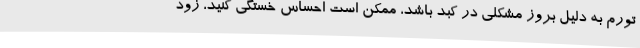
تورم به دلیل بروز مشکلی در کبد باشد، ممکن است احساس خستگی کنید، زود